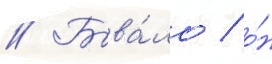
// Быва́ло / о́н